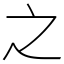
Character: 之